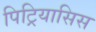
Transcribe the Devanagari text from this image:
पिट्रियासिस